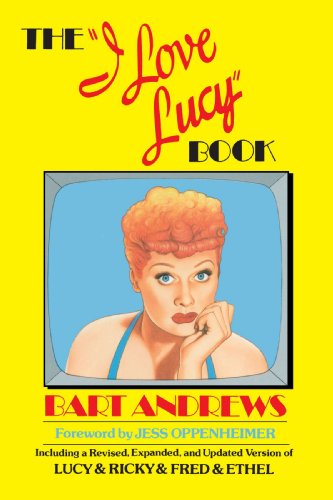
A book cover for I Love Lucy Book; Bart Andrews; Humor & Entertainment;